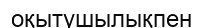
оқытушылықпен